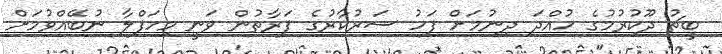
ބީޗު ދޫކުރުމުގެ ހުއްދަ ދިނުމަށް ފަހު ސަރުކާރުގެ ފަރާތުން ވަނީ މިހަފްލާ ނުބޭއްވުމަށް